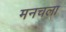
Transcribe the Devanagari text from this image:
मनचला